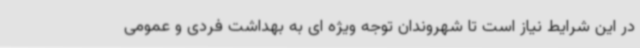
در این شرایط نیاز است تا شهروندان توجه ویژه ای به بهداشت فردی و عمومی